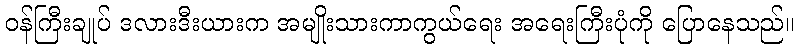
ဝန်ကြီးချုပ် ဒလားဒီးယားက အမျိုးသားကာကွယ်ရေး အရေးကြီးပုံကို ပြောနေသည်။